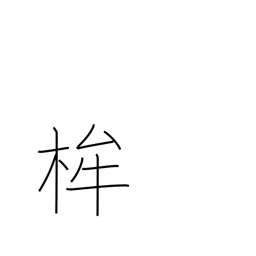
Meaning: halberd